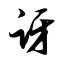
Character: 讶